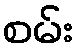
စမ်း